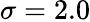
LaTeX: \sigma=2.0